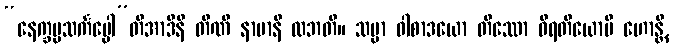
“နေက္ခမ္မသင်္ကပ္ပေါ”တိအာဒီနိ တီဏိ နာမာနိ လဘတိ။ သမ္မာ ဝါစာဒယော တိဿော ဝိရတိယောပိ ဟောန္တိ,